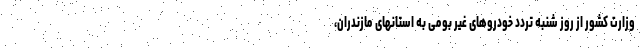
وزارت کشور از روز شنبه تردد خودروهای غیر بومی به استانهای مازندران،